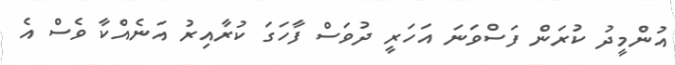
އުންމީދު ކުރަން ފަސްވަނަ އަހަރީ ދުވަސް ފާހަގަ ކުރާއިރު އަނެއްކާ ވެސް އެ